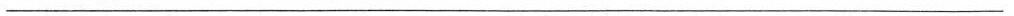
___